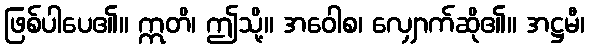
ဖြစ်ပါပေ၏။ ဣတိ၊ ဤသို့။ အဝေါစ၊ လျှောက်ဆို၏။ အဋ္ဌမီ၊